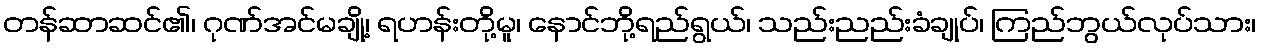
တန်ဆာဆင်၏၊ ဂုဏ်အင်မချို့၊ ရဟန်းတို့မူ၊ နောင်ဘို့ရည်ရွယ်၊ သည်းညည်းခံချုပ်၊ ကြည်ဘွယ်လုပ်သား၊